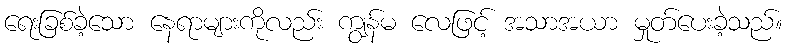
ရေးခြစ်ခဲ့သော နေရာများကိုလည်း ကျွန်မ လေဖြင့် အသာအယာ မှုတ်ပေးခဲ့သည်။